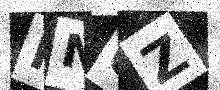
Text: FN0Z